Illuka_vallavalitsus, lk 31
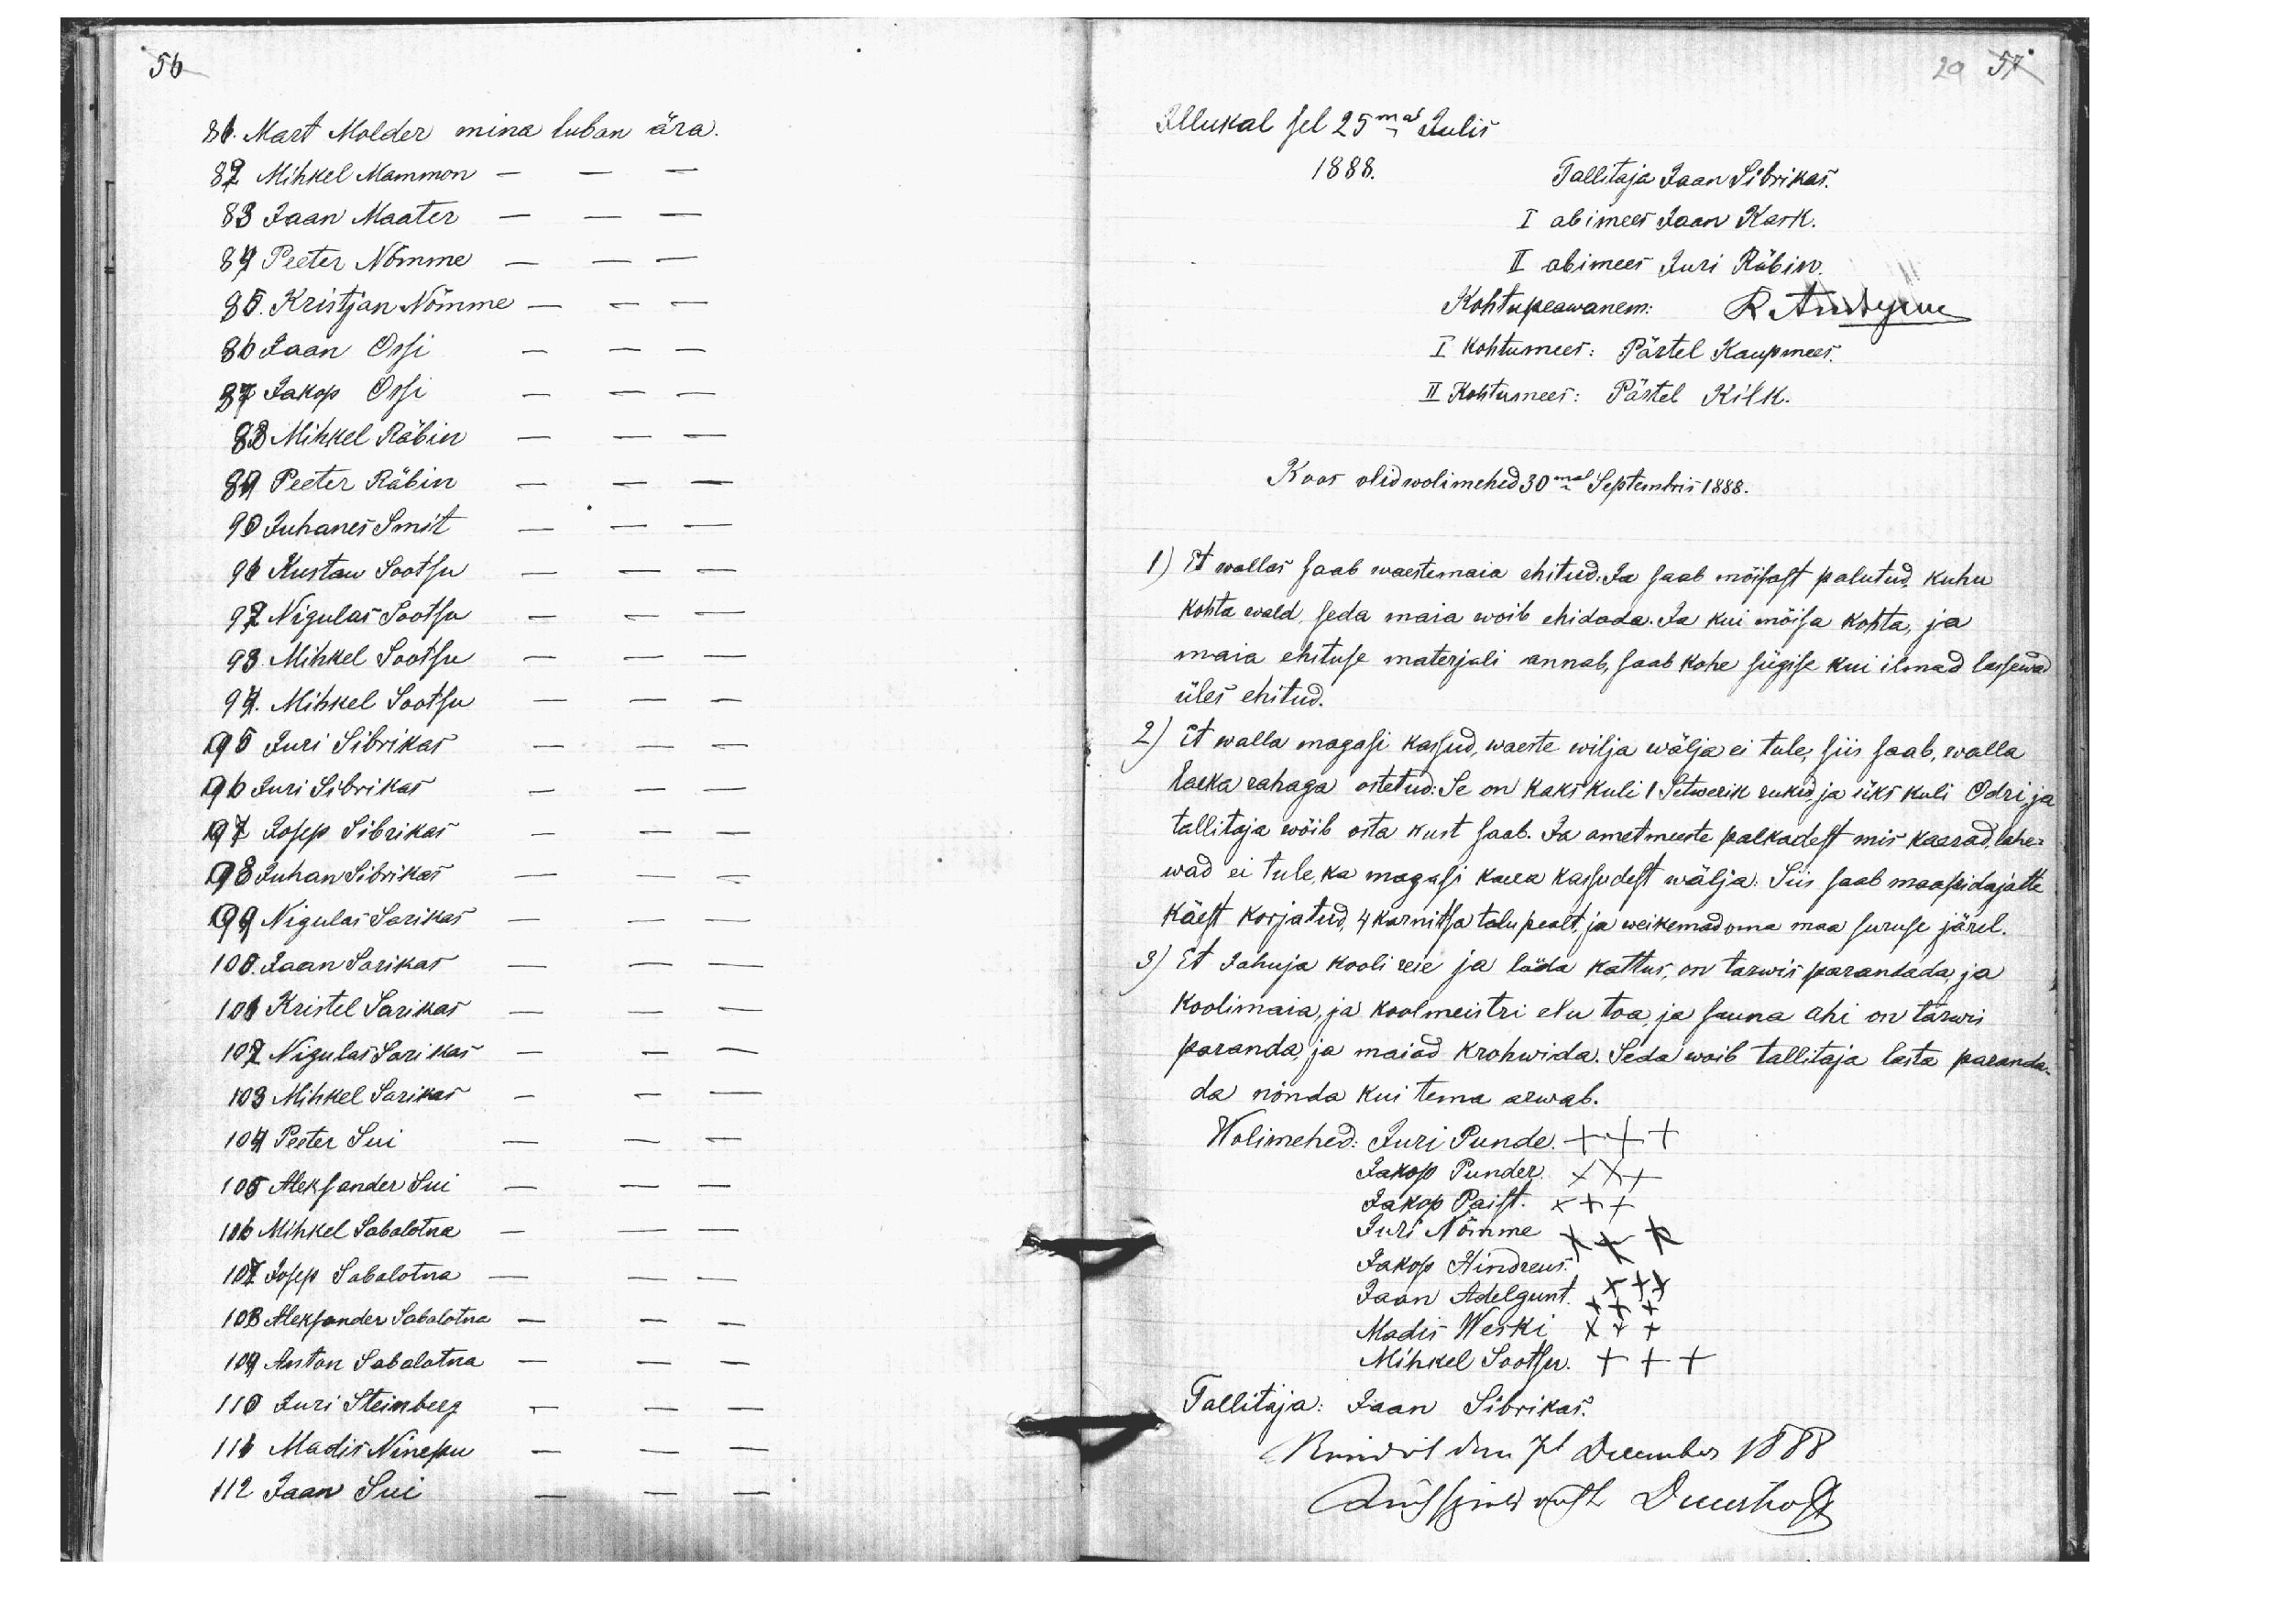
56
81. Mart Molder mina luban ära.
82 Mihkel Mammon - - -
83 Jaan Maater - - -
84 Peeter Nõmme - - -
85. Kristjan Nõmme - - -
86 Jaan Ossi - - -
87 Jakop Ossi - - -
88 Mihkel Räbin - - -
89 Peeter Räbin - - -
90 Juhanes Smit - - -
91 Kustaw Sootsu - - -
92 Nigulas Sootsu - - -
93. Mihkel Sootsu - - -
94. Mihkel Sootsu - - -
95 Juri Sibrikas - - -
96 Juri Sibrikas - - -
97 Josep Sibrikas - - -
98 Juhan Sibrikas - - -
99 Nigulas Sarikas - - -
100. Jaan Sarikas - - -
101 Kristel Sarikas - - -
102 Nigulas Sarikas - - -
103 Mihkel Sarikas - - -
104 Peeter Sui - - -
105 Aleksander Sui - - -
106 Mihkel Sabalotna - - -
107 Josep Sabalotna - - -
108 Aleksander Sabalotna - - -
109 Anton Sabalotna - - -
110 Juri Steinberg - - -
111 Madis Ninepu - - -
112 Jaan Sui - - -

29 57
Illukal sel 25mal Julis
1888.
Tallitaja Jaan Sibrikas.
I abimees Jaan Kask.
II abimees Juri Räbin.
Kohtupeawanem: R Andrejew
I kohtumees: Pärtel Kaupmees.
II Kohtumees: Pärtel Kilk.
Koos olid wolimehed 30mal Septembris 1888.
1) Et wallas saab waestemaia ehitud: Ja saab mõisast palutud, kuhu
kohta wald, seda maia woib ehidada. Ja kui mõisa kohta, ja
maia ehituse materjali annab, saab kohe sügise kui ilmad lassewad
üles ehitud.
2) Et walla magasi kassud, waeste wilja wälja ei tule, siis saab, walla
laeka rahaga ostetud: Se on kaks kuli 1 Setwerik rukid, ja üks kuli Odri, ja
tallitaja wõib osta kust saab. Ja ametmeeste palkadest mis kaerad, lahe-
wad ei tule, ka magasi kaera kassudest wälja: Siis saab maapidajatte
käest korjatud, 4 karnitsa talu pealt, ja weikemad oma maa suruse järel.
3) Et Johuja kooli reie ja lauda kattus, on tarwis parandada ja
koolimaia, ja koolmeistri elu toa, ja sauna ahi on tarwis
paranda, ja maiad krohwida. Seda woib tallitaja lasta paranda-
da nõnda kui tema arwab.
Wolimehed: Juri Punde. +++
Jakop Punder. XXX
Jakop Paist. XXX
Juri Nõmme XXX
Jakop Hindreus XXX
Jaan Adelgunt. XXX
Madis Weski XXX
Mihkel Sootsu. XXX
Tallitaja: Jaan Sibrikas.